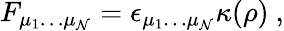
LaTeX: F_{\mu_{1}\dots\mu_{\mathcal{N}}}=\epsilon_{\mu_{1}\dots\mu_{\mathcal{N}}}\kappa(\rho)~,